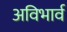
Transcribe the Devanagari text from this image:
अविभार्व